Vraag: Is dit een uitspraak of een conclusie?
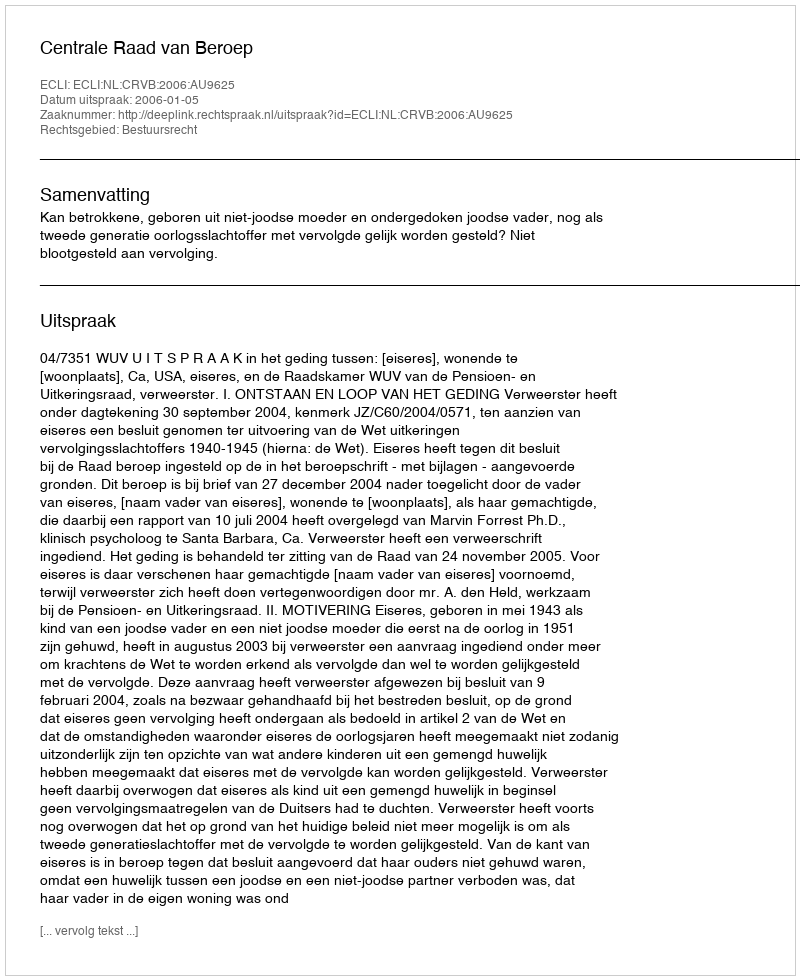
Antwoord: Uitspraak